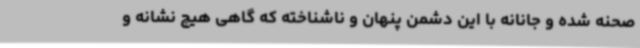
صحنه شده و جانانه با این دشمن پنهان و ناشناخته که گاهی هیچ نشانه و